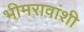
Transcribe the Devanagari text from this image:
भीमरावांशी